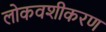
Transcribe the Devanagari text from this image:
लोकवशीकरण